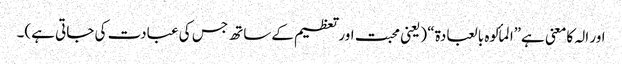
اور الہ کامعنی ہے”المألوہ بالعبادۃ“ (یعنی محبت اورتعظیم کےساتھ جس کی عبادت کی جاتی ہے)۔